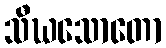
သီဃသောတော